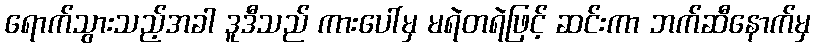
ရောက်သွားသည့်အခါ ဒူဒီသည် ကားပေါ်မှ မရဲတရဲဖြင့် ဆင်းကာ ဘက်ဆီနောက်မှ